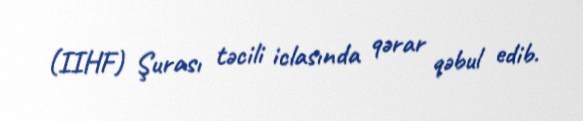
(IIHF) Şurası təcili iclasında qərar qəbul edib.